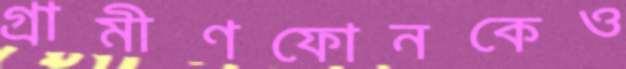
গ্রামীণফোনকেও